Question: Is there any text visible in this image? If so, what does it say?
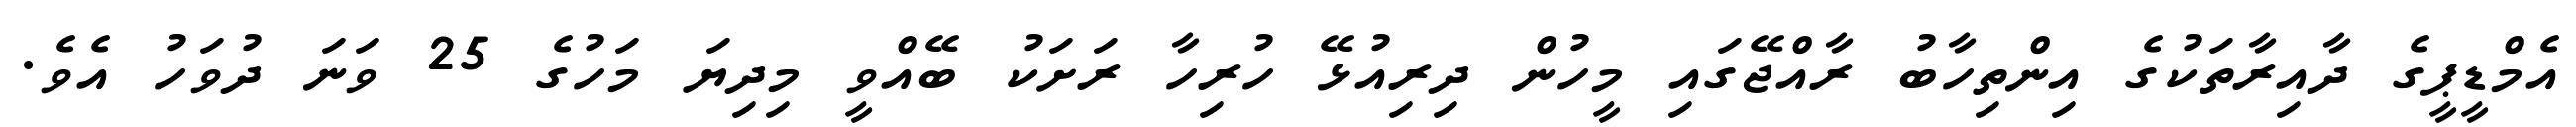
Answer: އެމްޑީޕީގެ ދާއިރާތަކުގެ އިންތިހާބު ރާއްޖޭގައި މީހުން ދިރިއުޅޭ ހުރިހާ ރަށަކު ބޭއްވީ މިދިޔަ މަހުގެ 25 ވަނަ ދުވަހު އެވެ.